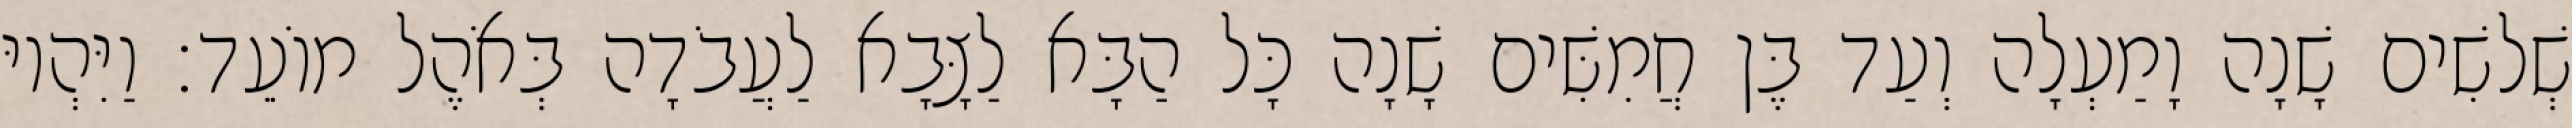
שְׁלשִׁים שָׁנָה וָמַעְלָה וְעַד בֶּן חֲמִשִּׁים שָׁנָה כָּל הַבָּא לַצָּבָא לַעֲבֹדָה בְּאֹהֶל מוֹעֵד׃ וַיִּהְיוּ